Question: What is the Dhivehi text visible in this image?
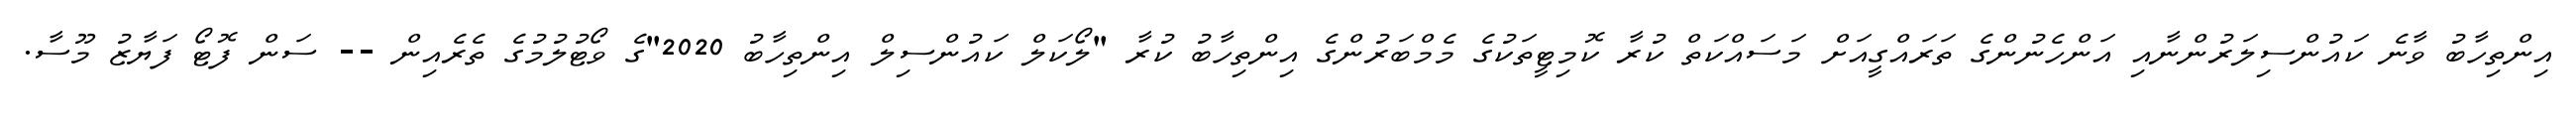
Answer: އިންތިހާބު ވާނެ ކައުންސިލަރުންނާއި އަންހެނުންގެ ތަރައްގީއަށް މަސައްކަތް ކުރާ ކޮމިޓީތަކުގެ މެމްބަރުންގެ އިންތިހާބު ކުރާ "ލޯކަލް ކައުންސިލް އިންތިހާބު 2020"ގެ ވޯޓުލުމުގެ ތެރެއިން -- ސަން ފޮޓޯ ފަޔާޒު މޫސާ.